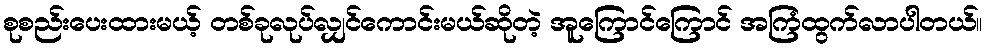
စုစည်းပေးထားမယ့် တစ်ခုလုပ်လျှင်ကောင်းမယ်ဆိုတဲ့ အူကြောင်ကြောင် အကြံထွက်လာပါတယ်။